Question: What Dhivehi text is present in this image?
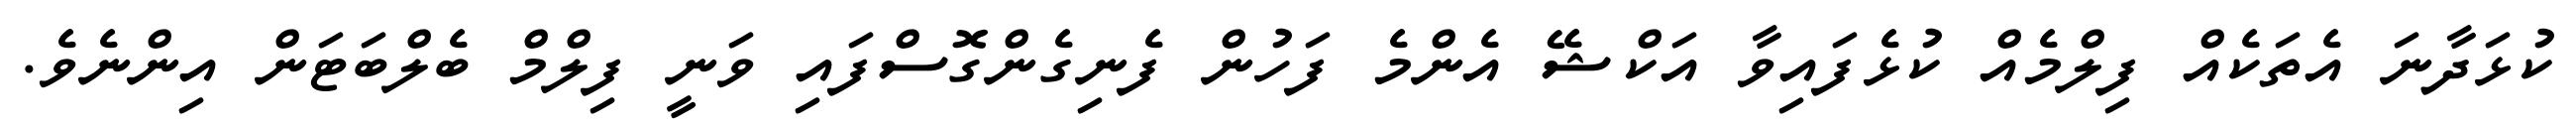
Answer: ކުޅަދާނަ އެތަކެއް ފިލްމެއް ކުޅެފައިވާ އަކްޝޭ އެންމެ ފަހުން ފެނިގެންގޮސްފައި ވަނީ ފިލްމް ބެލްބަޓަން އިންނެވެ.